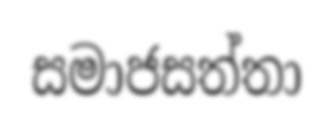
සමාජසත්තා